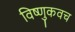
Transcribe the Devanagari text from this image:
विष्णुकवच